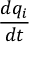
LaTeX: \frac { d q _ { i } } { d t }